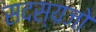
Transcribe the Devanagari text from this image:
सदस्यजो